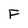
Character: F